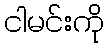
ငါမင်းကို